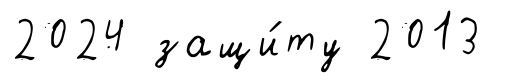
2024 защи́ту 2013